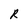
Character: R